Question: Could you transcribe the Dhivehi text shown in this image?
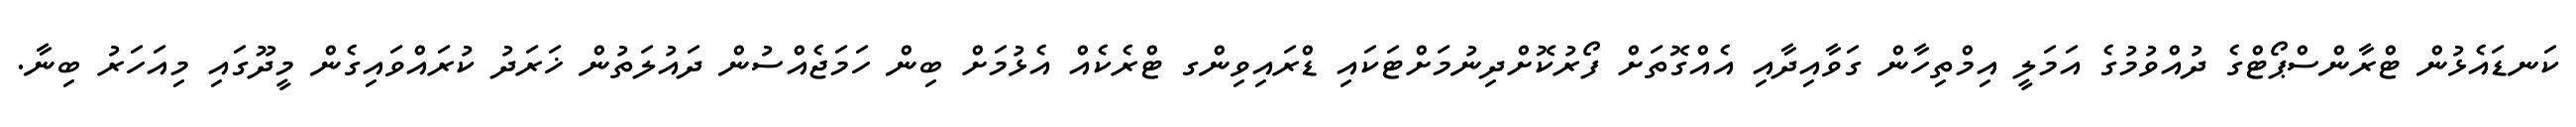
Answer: ކަނޑައެޅުން ޓްރާންސްޕޯޓްގެ ދުއްވުމުގެ އަމަލީ އިމްތިހާން ގަވާއިދާއި އެއްގޮތަށް ފޯރުކޮށްދިނުމަށްޓަކައި ޑްރައިވިންގ ޓްރެކެއް އެޅުމަށް ބިން ހަމަޖެއްސުން ދައުލަތުން ޚަރަދު ކުރައްވައިގެން މީދޫގައި މިއަހަރު ބިނާ.